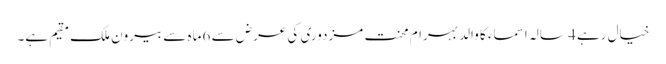
خیال رہے 4 سالہ اسماء کا والد بہرام محنت مزدوری کی عرض سے 6 ماہ سے بیرون ملک مقیم ہے۔